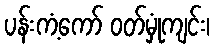
ပန်းကံ့ကော် ဝတ်မှုံကျင်း၊